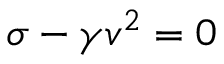
\sigma - \gamma v ^ { 2 } = 0